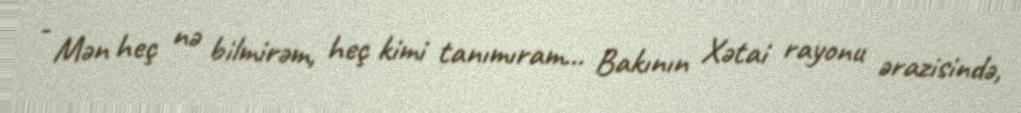
- Mən heç nə bilmirəm, heç kimi tanımıram... Bakının Xətai rayonu ərazisində,